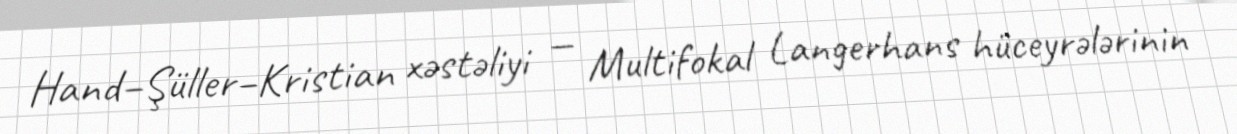
Hand–Şüller–Kristian xəstəliyi — Multifokal Langerhans hüceyrələrinin